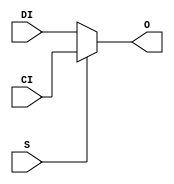
// Copyright (c) 2012-2013 Ludvig Strigeus
// This program is GPL Licensed. See COPYING for the full license.
module xMUXCY(output O, input CI, input DI, input S);
  assign O = S ? CI : DI;
endmodule
module MUXCY_L(output LO, input CI, input DI, input S);
  assign LO = S ? CI : DI;
endmodule
module MUXCY_D(output LO, output O, input CI, input DI, input S);
  assign LO = S ? CI : DI;
  assign O = LO;
endmodule
module xXORCY(output O, input CI, input LI);
  assign O = CI ^ LI;
endmodule
module XOR2(output O, input I0, input I1);
  assign O = I0 ^ I1;
endmodule